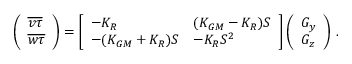
\begin{array} { r } { \left( \begin{array} { l } { \overline { { v \tau } } } \\ { \overline { { w \tau } } } \end{array} \right) = \left[ \begin{array} { l l } { - K _ { R } } & { ( K _ { G M } - K _ { R } ) { \cal S } } \\ { - ( K _ { G M } + K _ { R } ) { \cal S } } & { - K _ { R } { \cal S } ^ { 2 } } \end{array} \right] \left( \begin{array} { l } { G _ { y } } \\ { G _ { z } } \end{array} \right) \, . } \end{array}